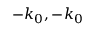
- k _ { 0 } , - k _ { 0 }